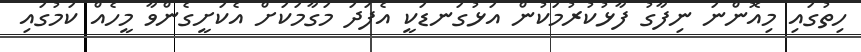
ހިތުގައި މިއޮންނަ ނިފާގު ފާޅުކުރުމަކުން އަޅުގަނޑަކީ އެފަދަ މަގާމަކަށް އެކަށީގެންވާ މީހެއް ކަމުގައި